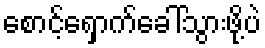
စောင့်ရှောက်ခေါ်သွားဖို့ပဲ